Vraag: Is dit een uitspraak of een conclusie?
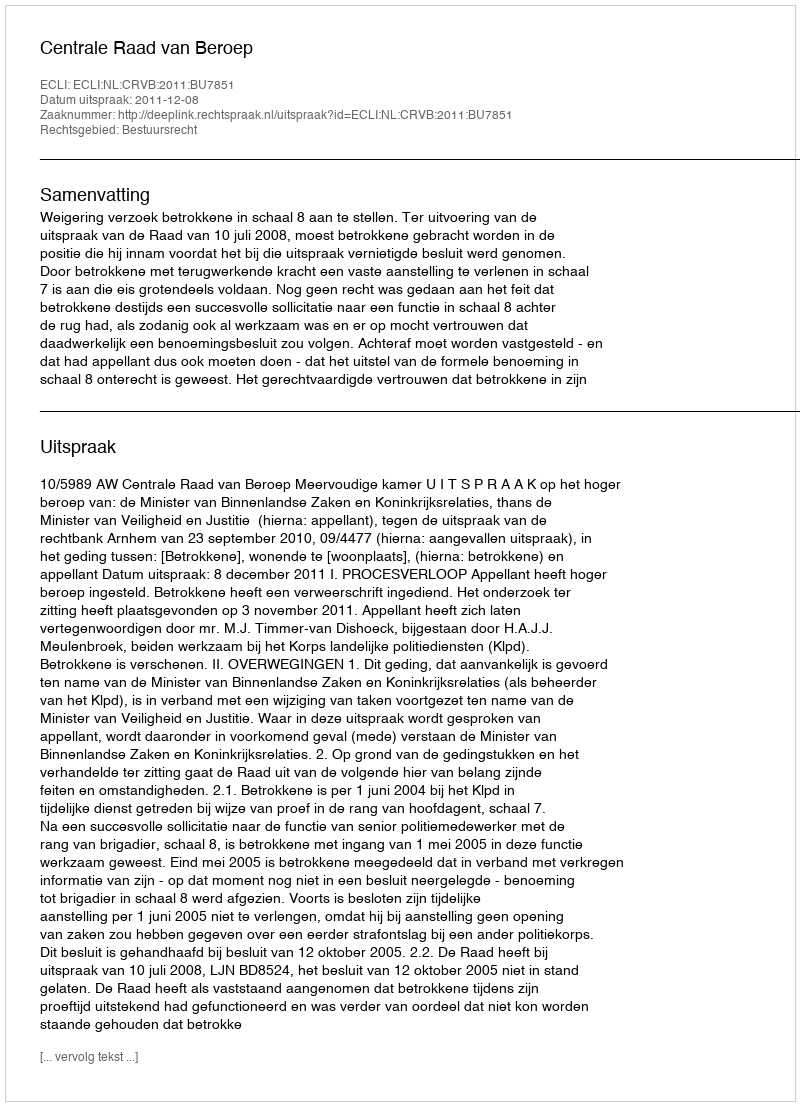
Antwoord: Uitspraak